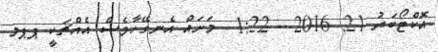
އޮކްޓޯބަރު 21